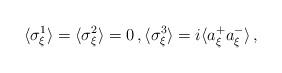
LaTeX: \begin{align*} \langle \sigma_\xi^1 \rangle = \langle \sigma_\xi^2 \rangle = 0 \, , \langle \sigma_\xi^3 \rangle = i \langle a_\xi^+a_\xi^- \rangle \, ,\end{align*}